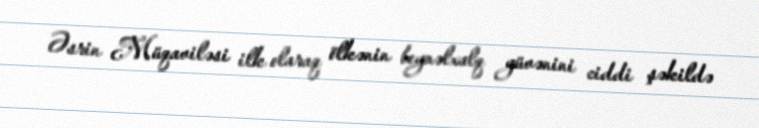
Əsrin Müqaviləsi ilk olaraq ölkənin beynəlxalq güvənini ciddi şəkildə